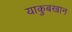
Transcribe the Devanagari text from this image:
याकुबखान